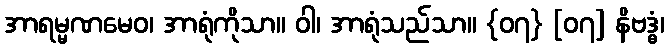
အာရမ္မဏမေဝ၊ အာရုံကိုသာ။ ဝါ၊ အာရုံသည်သာ။ {၀၇} [၀၇] နိဗဒ္ဓံ၊